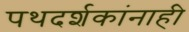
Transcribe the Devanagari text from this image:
पथदर्शकांनाही